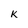
Character: k